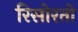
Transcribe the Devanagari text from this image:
रिसोरतो